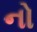
નો